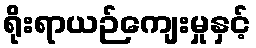
ရိုးရာယဉ်ကျေးမှုနှင့်